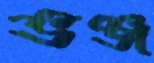
ভঞ্জ